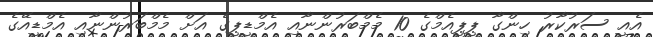
އެއީ ސަރުކާރު ހިންގާ ޕީޕީއެމްގެ 10 މެމްބަރުންނާއި އެމްޑީޕީގެ އަށް މެމްބަރުންނާއި އެމްޑީއޭގެ